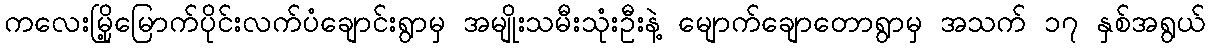
ကလေးမြို့မြောက်ပိုင်းလက်ပံချောင်းရွာမှ အမျိုးသမီးသုံးဦးနဲ့ မျောက်ချောတောရွာမှ အသက် ၁၇ နှစ်အရွယ်